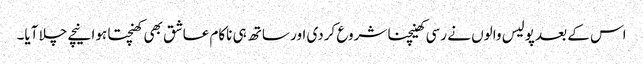
اس کے بعد پولیس والوں نے رسی کھینچنا شروع کردی اور ساتھ ہی ناکام عاشق بھی کھنچتا ہوا نیچے چلا آیا۔